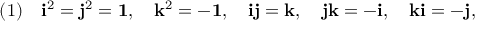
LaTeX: ( 1 ) \quad { \mathrm { \bf { i } } } ^ { 2 } = { \mathrm { \bf { j } } } ^ { 2 } = { \mathrm { \bf { 1 } } } , \quad { \mathrm { \bf { k } } } ^ { 2 } = - { \mathrm { \bf { 1 } } } , \quad { \mathrm { \bf { i } } } { \mathrm { \bf { j } } } = { \mathrm { \bf { k } } } , \quad { \mathrm { \bf { j } } } { \mathrm { \bf { k } } } = - { \mathrm { \bf { i } } } , \quad { \mathrm { \bf { k } } } { \mathrm { \bf { i } } } = - { \mathrm { \bf { j } } } ,